Indian journal of veterinary science and animal husbandry - Volumes 24-25, 1954-1955
Year: 1954
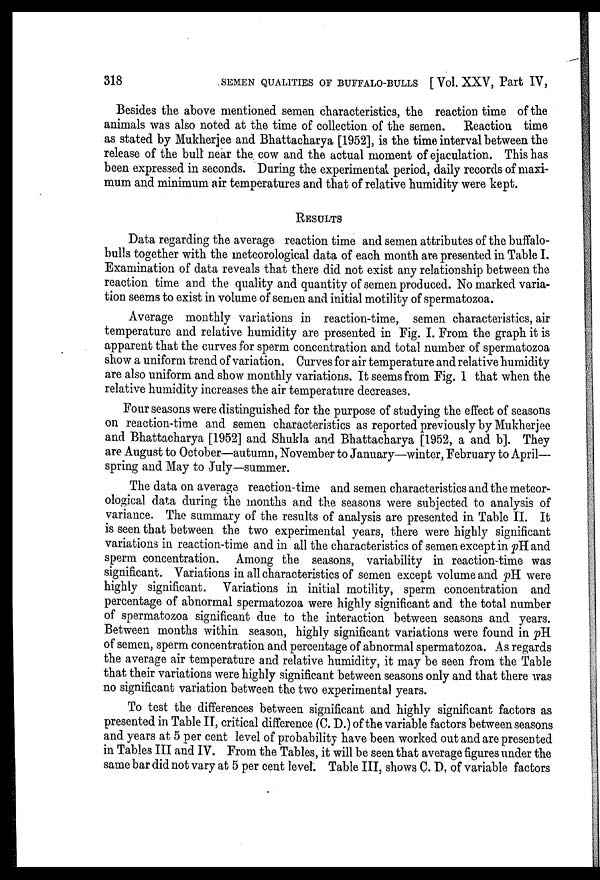
318
SEMEN QUALITIES OF BUFFALO-BULLS [ Vol. XXV, Part IV,
Besides the above mentioned semen characteristics, the reaction time of the
animals was also noted at the time of collection of the semen. Reaction time
as stated by Mukherjee and Bhattacharya [1952], is the time interval between the
release of the bull near the cow and the actual moment of ejaculation. This has
been expressed in seconds. During the experimental period, daily records of maxi-
mum and minimum air temperatures and that of relative humidity were kept.
RESULTS
Data regarding the average reaction time and semen attributes of the buffalo-
bulls together with the meteorological data of each month are presented in Table I.
Examination of data reveals that there did not exist any relationship between the
reaction time and the quality and quantity of semen produced. No marked varia-
tion seems to exist in volume of semen and initial motility of spermatozoa.
Average monthly variations in reaction-time, semen characteristics, air
temperature and relative humidity are presented in Fig. I. From the graph it is
apparent that the curves for sperm concentration and total number of spermatozoa
show a uniform trend of variation. Curves for air temperature and relative humidity
are also uniform and show monthly variations. It seems from Fig. 1 that when the
relative humidity increases the air temperature decreases.
Four seasons were distinguished for the purpose of studying the effect of seasons
on reaction-time and semen characteristics as reported previously by Mukherjee
and Bhattacharya [1952] and Shukla and Bhattacharya [1952, a and b]. They
are August to October—autumn, November to January—winter, February to April—
spring and May to July—summer.
The data on average reaction-time and semen characteristics and the meteor-
ological data during the months and the seasons were subjected to analysis of
variance. The summary of the results of analysis are presented in Table II. It
is seen that between the two experimental years, there were highly significant
variations in reaction-time and in all the characteristics of semen except in pH and
sperm concentration. Among the seasons, variability in reaction-time was
significant. Variations in all characteristics of semen except volume and pH. were
highly significant. Variations in initial motility, sperm concentration and
percentage of abnormal spermatozoa were highly significant and the total number
of spermatozoa significant due to the interaction between seasons and years.
Between months within season, highly significant variations were found in pH
of semen, sperm concentration and percentage of abnormal spermatozoa. As regards
the average air temperature and relative humidity, it may be seen from the Table
that their variations were highly significant between seasons only and that there was
no significant variation between the two experimental years.
To test the differences between significant and highly significant factors as
presented in Table II, critical difference (C. D.) of the variable factors between seasons
and years at 5 per cent level of probability have been worked out and are presented
in Tables III and IV. From the Tables, it will be seen that average figures under the
same bar did not vary at 5 per cent level. Table III, shows C. D. of variable factors